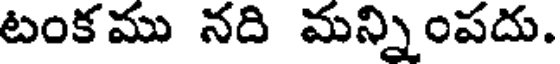
టంకము నది మన్నింపదు.